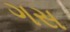
ગસ